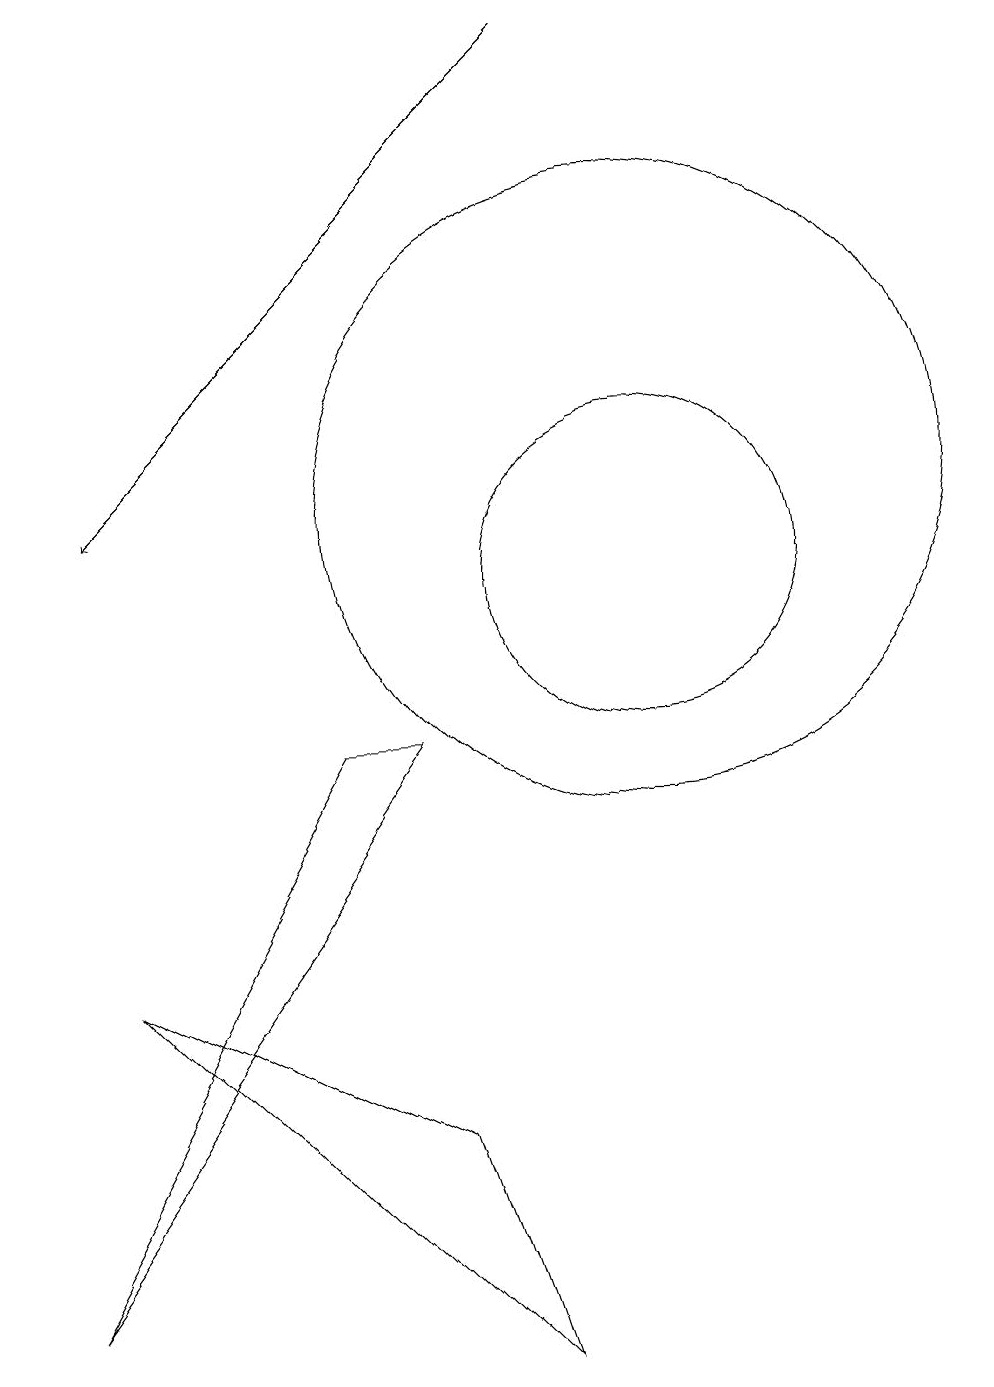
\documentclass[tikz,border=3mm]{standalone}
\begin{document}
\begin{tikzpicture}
\draw (10,12) circle (4);
\draw[->] (9,18) -- (3,12);
\draw (2,2) -- (7,9) -- (6,9) -- cycle;
\draw (3,6) -- (7,4) -- (8,1) -- cycle;
\draw (10,11) circle (2);
\draw (11,11) circle (0);
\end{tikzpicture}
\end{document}